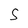
Character: S